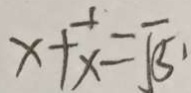
x + \frac { 1 } { x } = \sqrt { 5 }